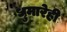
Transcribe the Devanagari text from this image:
धुमारेही